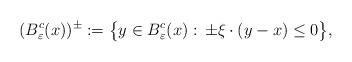
LaTeX: \begin{align*}(B^c_\varepsilon(x))^\pm:=\big\{y\in B_\varepsilon^c(x) : \, \pm \xi \cdot (y - x) \le 0\big\},\end{align*}